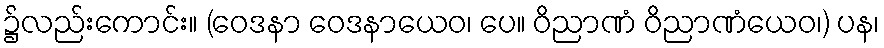
၌လည်းကောင်း။ (ဝေဒနာ ဝေဒနာယေဝ၊ ပေ။ ဝိညာဏံ ဝိညာဏံယေဝ၊) ပန၊